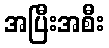
အပြီးအစီး